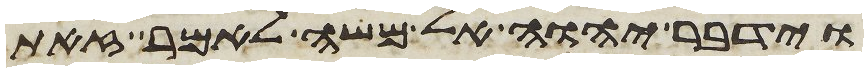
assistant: וידבר יהוה אל משה לאמר זאת